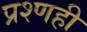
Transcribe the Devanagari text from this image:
प्रश्णही